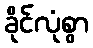
ခိုင်လုံစွာ